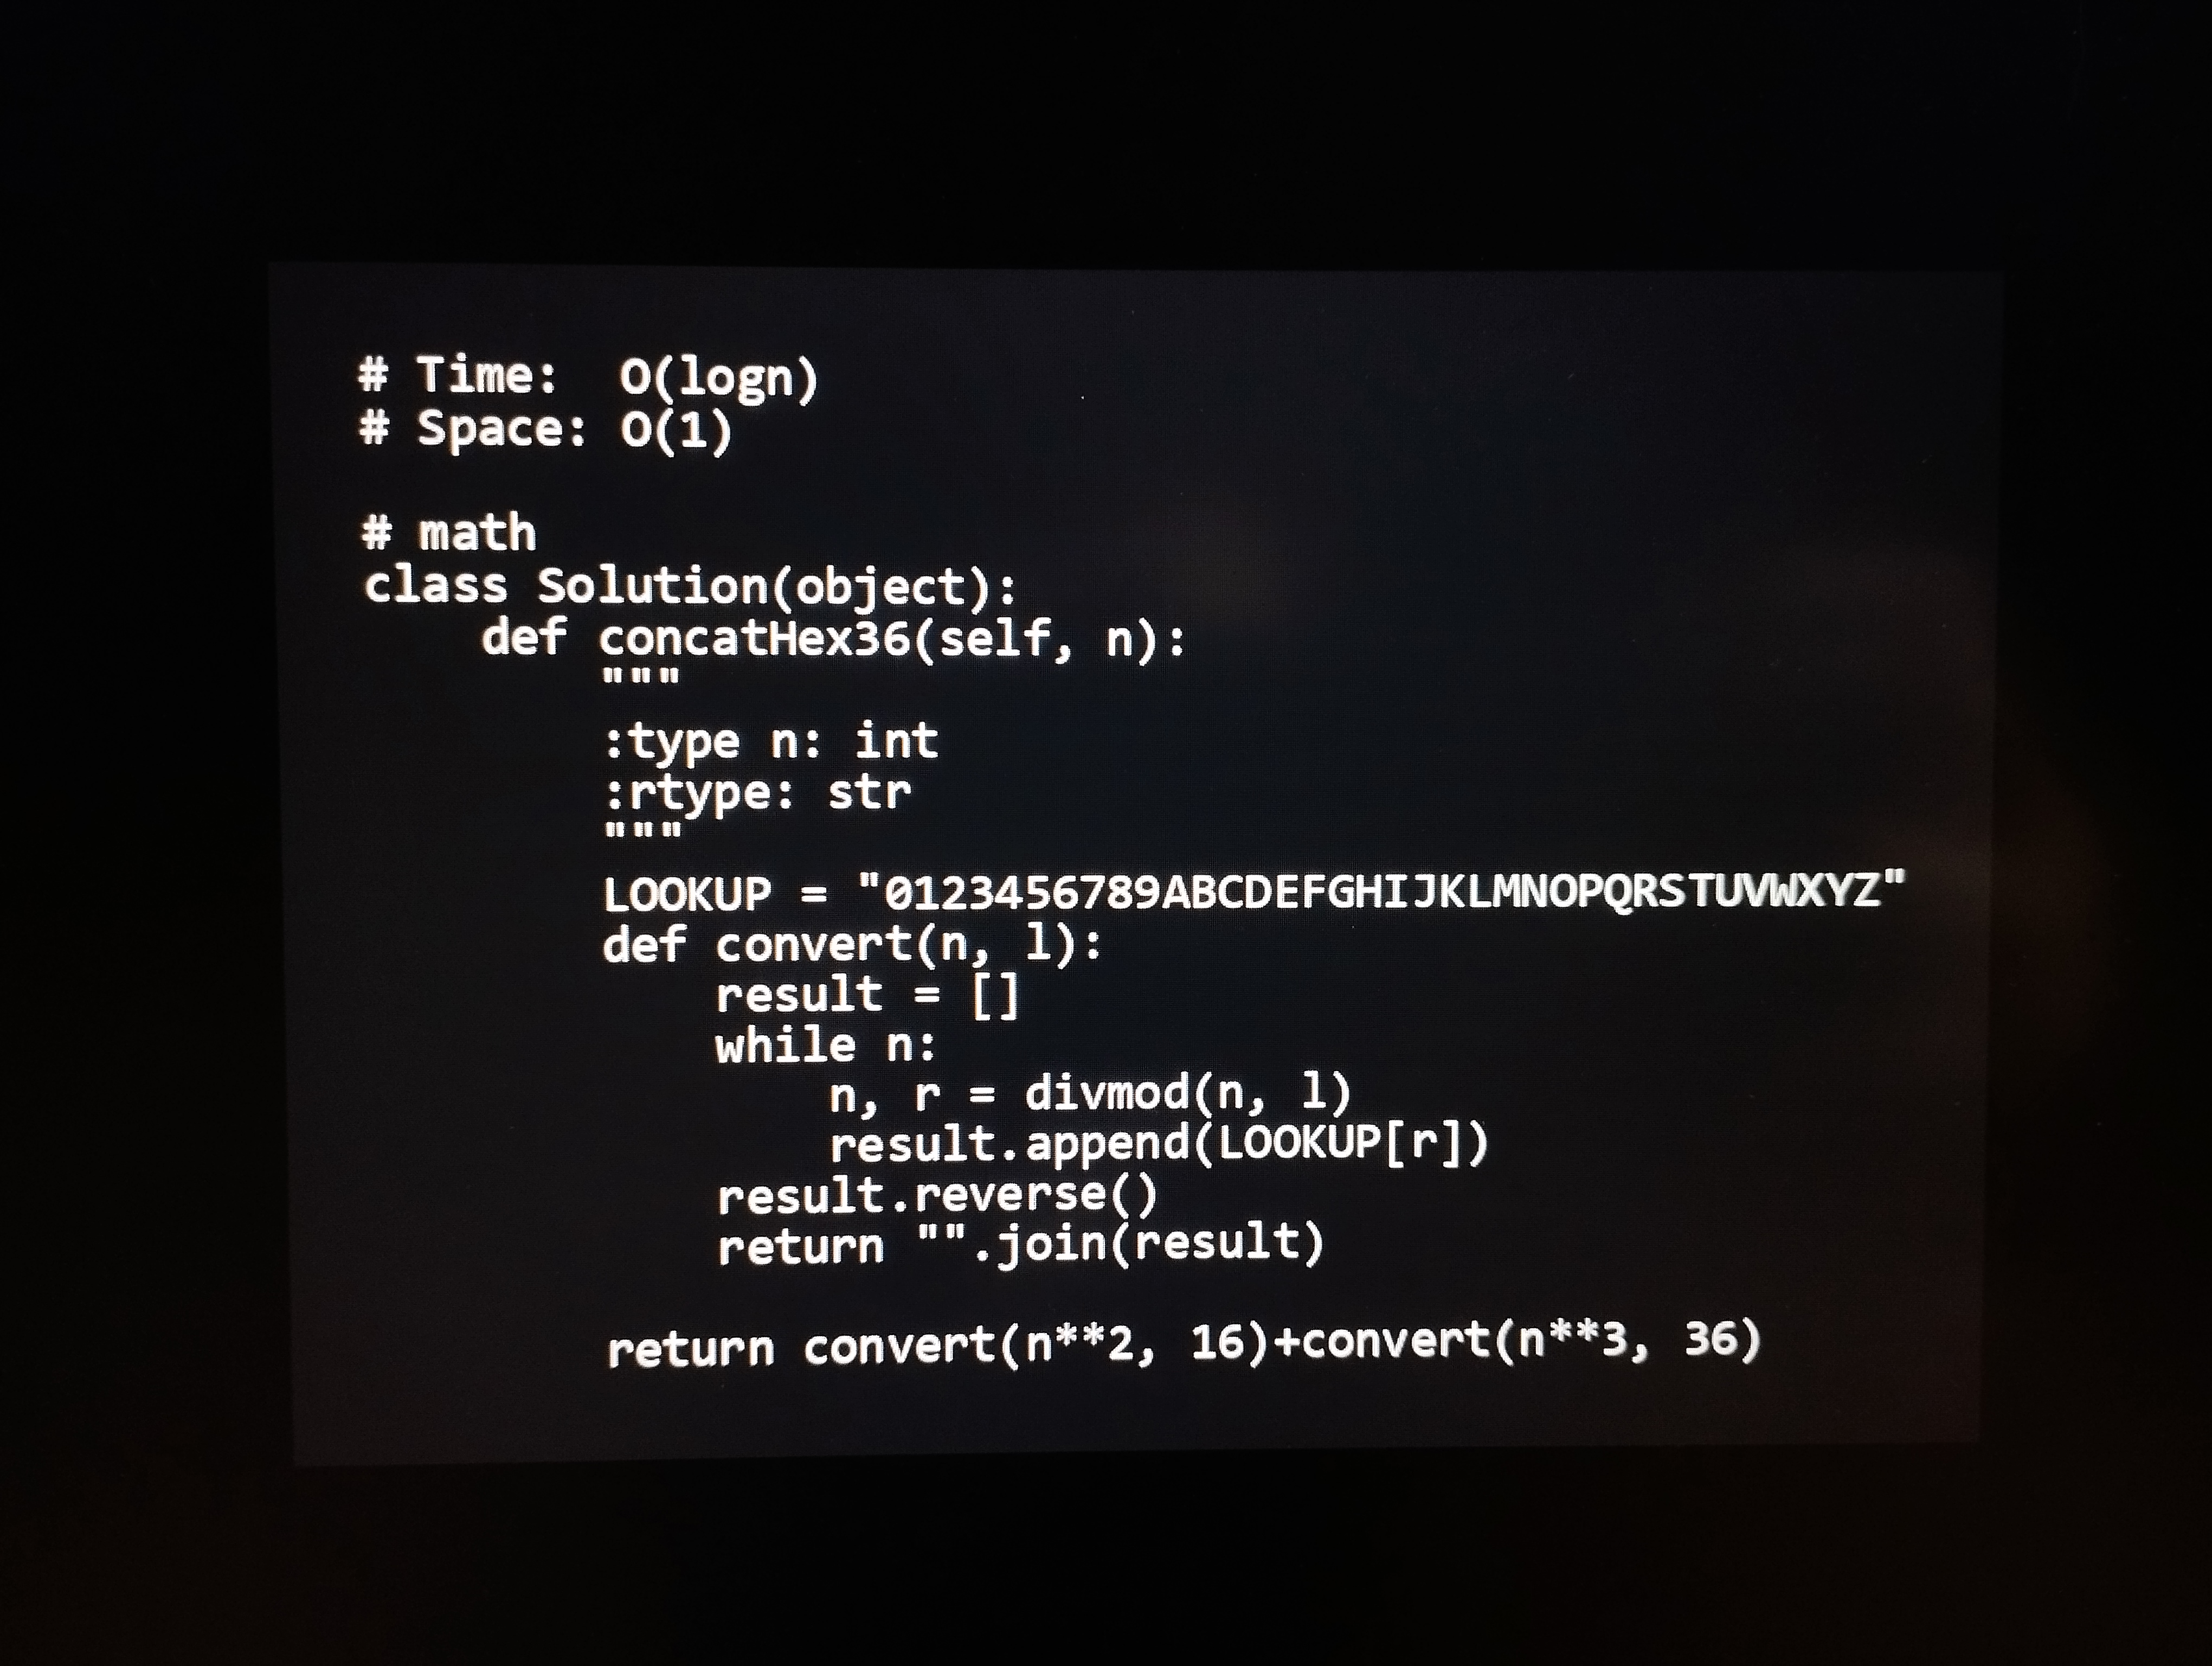
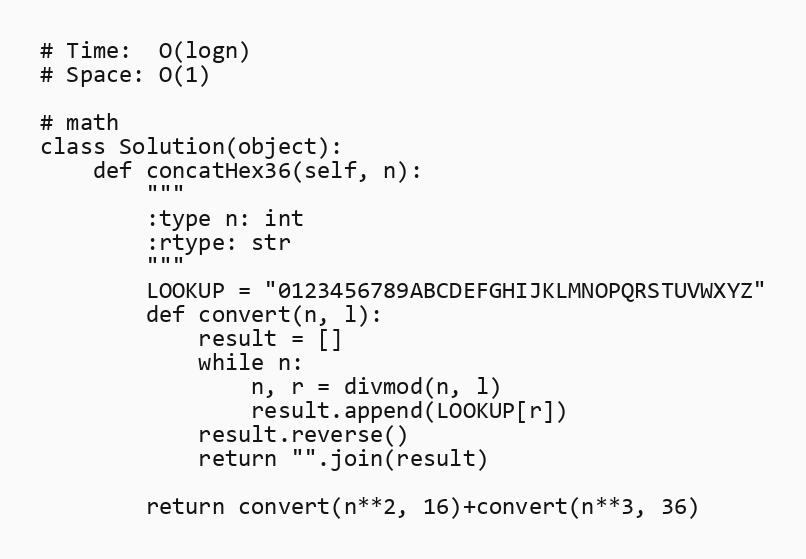
# Time:  O(logn)
# Space: O(1)

# math
class Solution(object):
    def concatHex36(self, n):
        """
        :type n: int
        :rtype: str
        """
        LOOKUP = "0123456789ABCDEFGHIJKLMNOPQRSTUVWXYZ"
        def convert(n, l):
            result = []
            while n:
                n, r = divmod(n, l)
                result.append(LOOKUP[r])
            result.reverse()
            return "".join(result)

        return convert(n**2, 16)+convert(n**3, 36)